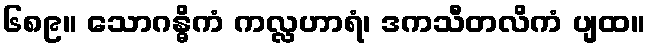
၆၈၉။ သောဂန္ဓိကံ ကလ္လဟာရံ၊ ဒကသီတလိကံ ပျထ။